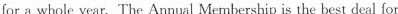
for a whole year.The Annual Membership is the best deal for